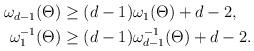
LaTeX: \begin{align*} \begin{aligned} \omega_{d-1}(\Theta) & \geq(d-1)\omega_1(\Theta)+d-2, \\ \omega_1^{-1}(\Theta) & \geq(d-1)\omega_{d-1}^{-1}(\Theta)+d-2. \end{aligned}\end{align*}